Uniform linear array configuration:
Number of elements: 24
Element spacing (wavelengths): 1
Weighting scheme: cosine
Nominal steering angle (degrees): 45
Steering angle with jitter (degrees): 43.13
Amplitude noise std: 0.05
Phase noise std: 0.05

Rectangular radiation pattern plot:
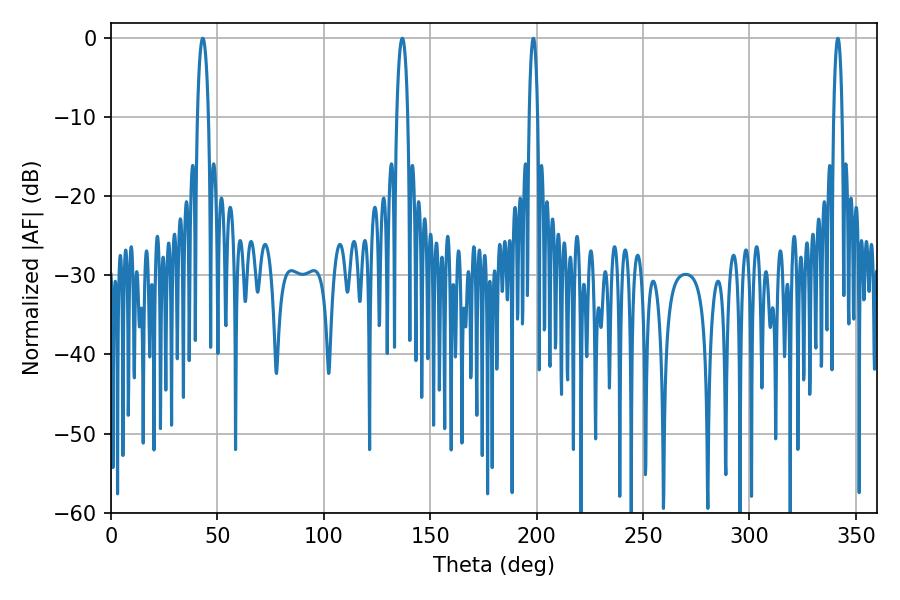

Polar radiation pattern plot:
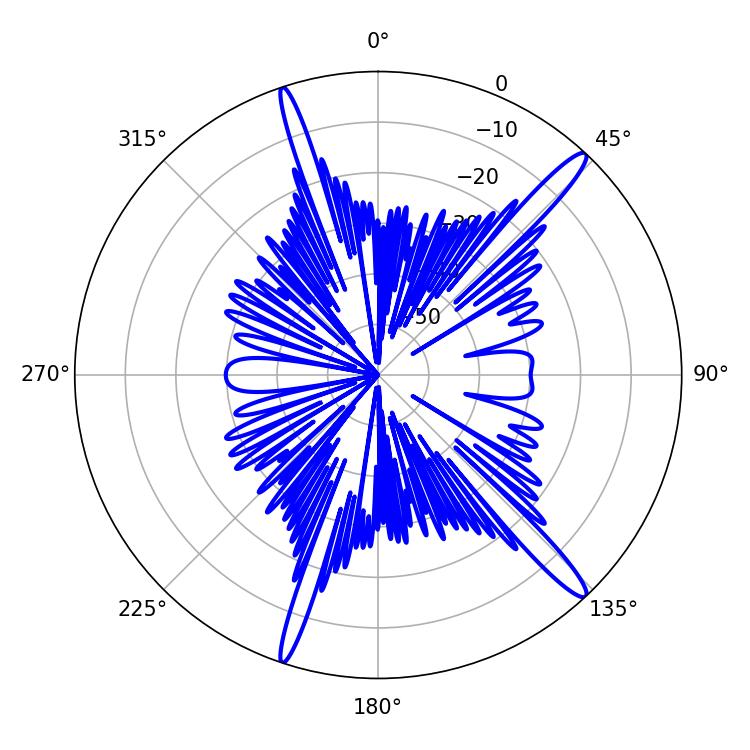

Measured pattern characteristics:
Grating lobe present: TRUE
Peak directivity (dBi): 15.952
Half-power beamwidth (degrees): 2.88
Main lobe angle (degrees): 136.8